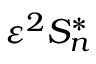
\leavevmode { { \varepsilon } ^ { 2 } } S _ { n } ^ { * }